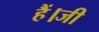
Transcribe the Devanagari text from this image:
हैं।जी